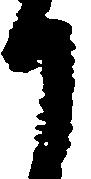
て